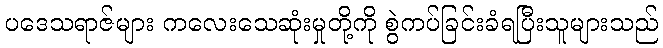
ပဒေသရာဇ်များ ကလေးသေဆုံးမှုတို့ကို စွဲကပ်ခြင်းခံရပြီးသူများသည်